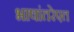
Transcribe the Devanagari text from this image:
भाषांतरेएत